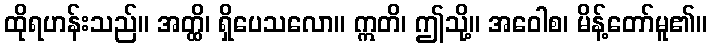
ထိုရဟန်းသည်။ အတ္ထိ၊ ရှိပေသလော။ ဣတိ၊ ဤသို့။ အဝေါစ၊ မိန့်တော်မူ၏။